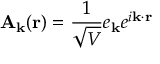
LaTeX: \mathbf { A } _ { \mathbf { k } } ( \mathbf { r } ) = { \frac { 1 } { \sqrt { V } } } e _ { \mathbf { k } } e ^ { i \mathbf { k } \cdot \mathbf { r } }